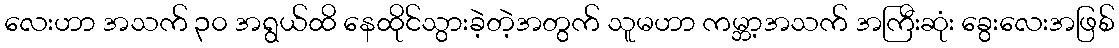
လေးဟာ အသက် ၃၀ အရွယ်ထိ နေထိုင်သွားခဲ့တဲ့အတွက် သူမဟာ ကမ္ဘာ့အသက် အကြီးဆုံး ခွေးလေးအဖြစ်